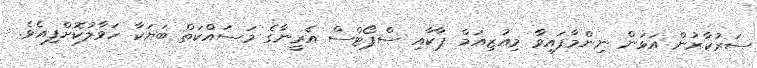
ސަރުކާރުން އަޅަން ނިންމާފައިވާ މިއުޒިއަމް ޕާކާއި ސްޕޯޓްސް އެރީނާގެ މަސައްކަތް ބަޔަކާ ހަވާލުކޮށްފިއެވެ.